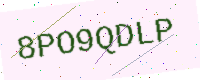
Text: 8PO9QDLP